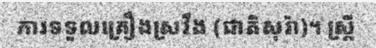
ការទទួលគ្រឿងស្រវឹង (ជាតិសុរ៉ា)។ ស្ត្រី